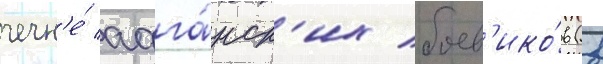
чечн'е́ афга́нск'их боев'ико́в (в